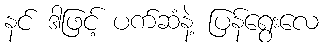
နင် ဒါဖြင့် ပက်ဆံနဲ့ ပြန်ရွေးလေ